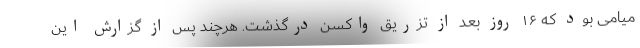
میامی بود که ۱۶ روز بعد از تزریق واکسن درگذشت. هرچند پس از گزارش این